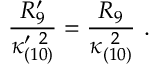
{ \frac { R _ { 9 } ^ { \prime } } { \kappa _ { ( 1 0 ) } ^ { \prime \ 2 } } } = { \frac { R _ { 9 } } { \kappa _ { ( 1 0 ) } ^ { \ 2 } } } \ .